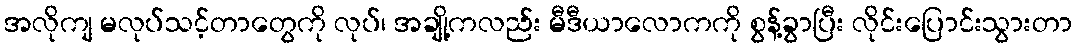
အလိုကျ မလုပ်သင့်တာတွေကို လုပ်၊ အချို့ကလည်း မီဒီယာလောကကို စွန့်ခွာပြီး လိုင်းပြောင်းသွားတာ